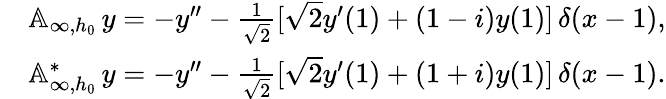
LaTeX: \begin{array}{rl}&{{\mathbb A}_{\infty,h_{0}}\, y=-y^{\prime\prime}-\frac{1}{\sqrt 2}[{\sqrt 2}y^{\prime}(1)+\left(1-i\right)y(1)]\, \delta(x-1),}\\ &{{\mathbb A}_{\infty,h_{0}}^{*}\, y=-y^{\prime\prime}-\frac{1}{\sqrt 2}[{\sqrt 2}y^{\prime}(1)+\left(1+i\right)y(1)]\, \delta(x-1).}\end{array}